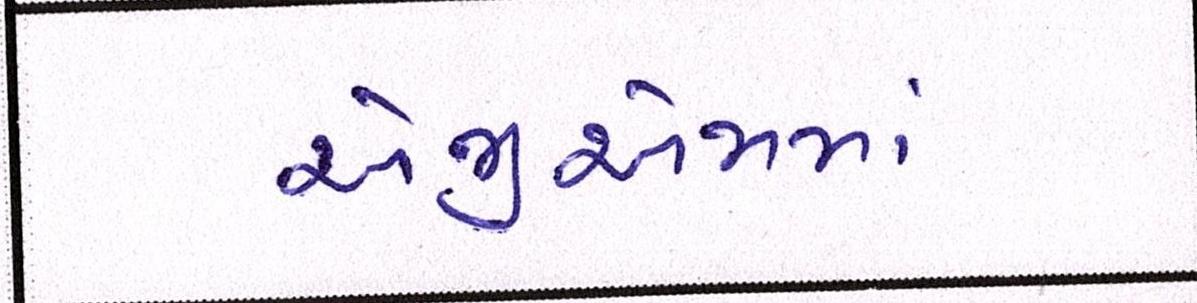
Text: એજીએમમાં